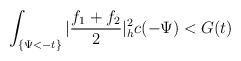
\begin{align*}\int_{\{\Psi<-t\}}|\frac{f_1+f_2}{2}|^2_hc(-\Psi)< G(t)\end{align*}